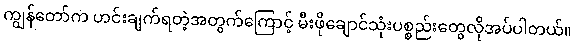
ကျွန်တော်က ဟင်းချက်ရတဲ့အတွက်ကြောင့် မီးဖိုချောင်သုံးပစ္စည်းတွေလိုအပ်ပါတယ်။